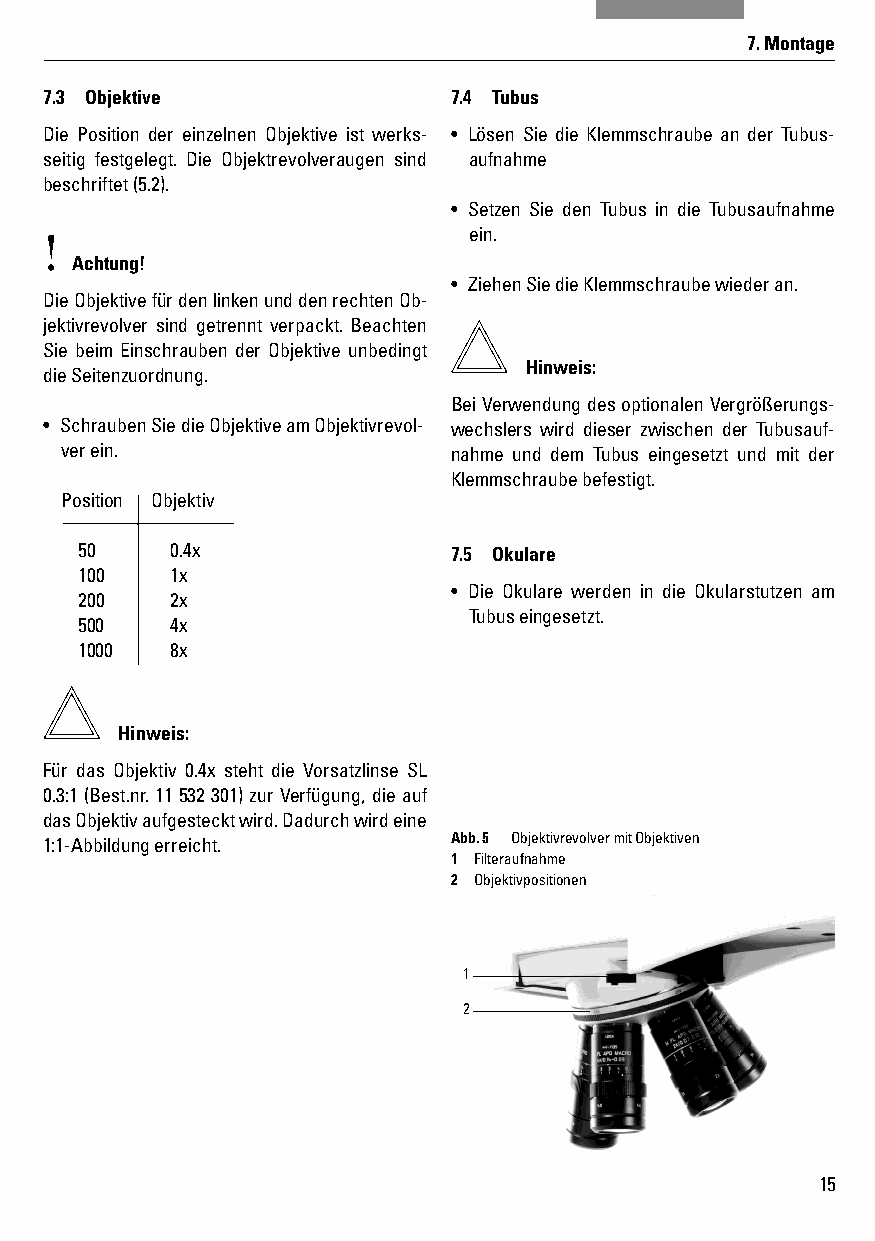
7. Montage
 7.3 Objektive              7.4 Tubus
 Die Position der einzelnen Objektive ist werks- • Lösen Sie die Klemmschraube an der Tubus-
 seitig festgelegt. Die Objektrevolveraugen sind aufnahme
 beschriftet (5.2).
 • Setzen Sie den Tubus in die Tubusaufnahme
 !                           ein.
 Achtung!
 • Ziehen Sie die Klemmschraube wieder an.
 Die Objektive für den linken und den rechten Ob-
 jektivrevolver sind getrennt verpackt. Beachten
 Sie beim Einschrauben der Objektive unbedingt
 Hinweis:
 die Seitenzuordnung.
 Bei Verwendung des optionalen Vergrößerungs-
 • Schrauben Sie die Objektive am Objektivrevol- wechslers wird dieser zwischen der Tubusauf-
 ver ein.                  nahme und dem Tubus eingesetzt und mit der
 Klemmschraube befestigt.
 Position Objektiv
 50    0.4x               7.5 Okulare
 100   1x
 • Die Okulare werden in die Okularstutzen am
 200   2x
 Tubus eingesetzt.
 500   4x
 1000  8x
 Hinweis:
 Für das Objektiv 0.4x steht die Vorsatzlinse SL
 0.3:1 (Best.nr. 11 532 301) zur Verfügung, die auf
 das Objektiv aufgesteckt wird. Dadurch wird eine
 1:1-Abbildung erreicht.    Abb. 5 Objektivrevolver mit Objektiven
 1 Filteraufnahme
 2 Objektivpositionen
 1
 2
 15